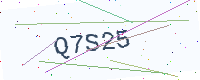
Text: Q7S25